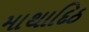
માથાદિઠ